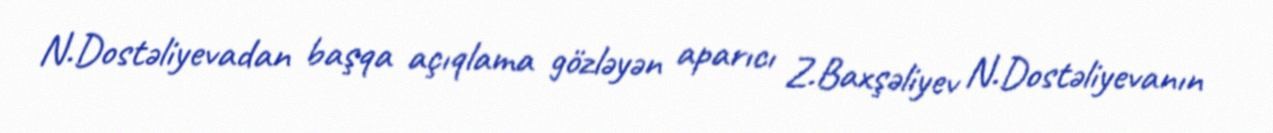
N.Dostəliyevadan başqa açıqlama gözləyən aparıcı Z.Baxşəliyev N.Dostəliyevanın